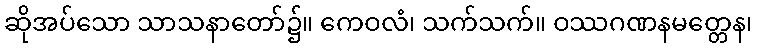
ဆိုအပ်သော သာသနာတော်၌။ ကေဝလံ၊ သက်သက်။ ဝဿဂဏနမတ္တေန၊